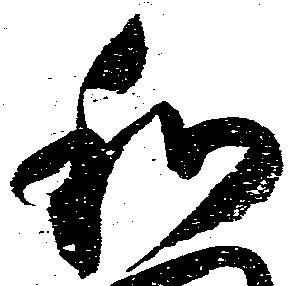
和